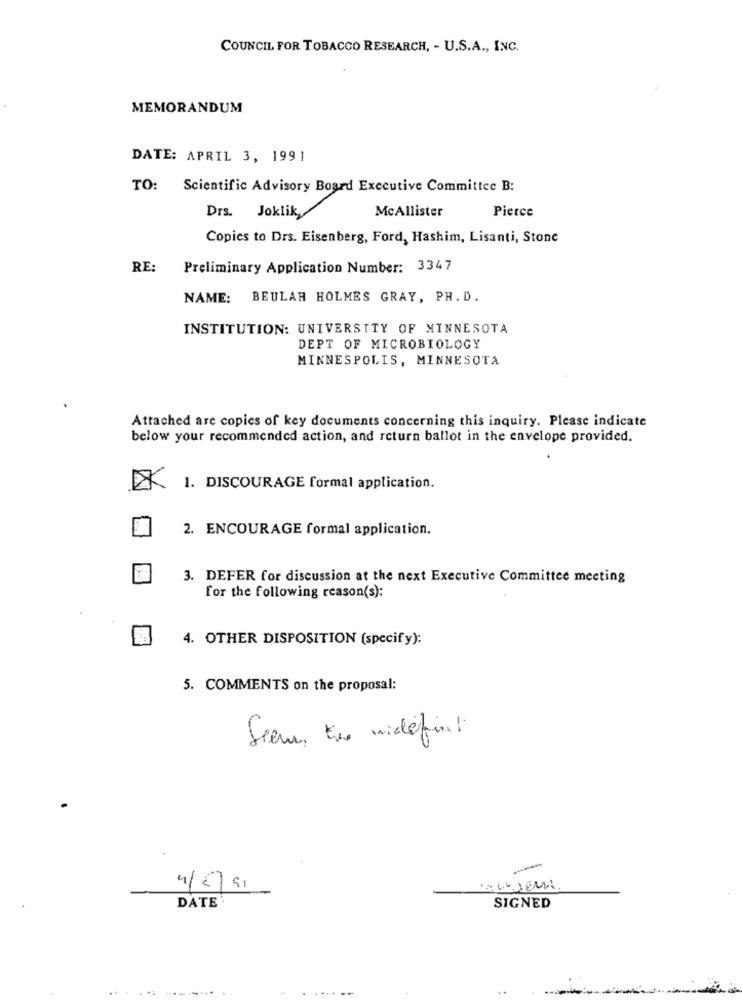
COUNCIL FOR TOBACCO RESEARCH, - U.S.A ., INC.
MEMORANDUM
DATE: APRIL 3, 1991
TO: Scientific Advisory Board Executive Committee B:
Drs. Jokliky
McAllister
Pierce
Copies to Drs. Eisenberg, Ford, Hashim, Lisanti, Stone
RE:
Preliminary Application Number: 3347
NAME: BEULAH HOLMES GRAY, PH. D.
INSTITUTION: UNIVERSITY OF MINNESOTA
DEPT OF MICROBIOLOGY
MINNESPOLIS, MINNESOTA
Attached are copies of key documents concerning this inquiry. Please indicate
below your recommended action, and return ballot in the envelope provided.
1. DISCOURAGE formal application.
2. ENCOURAGE formal application.
3. DEFER for discussion at the next Executive Committee meeting
for the following reason(s):
4. OTHER DISPOSITION (specify):
5. COMMENTS on the proposal:
Seen, tu midefini !
4/2/ 91
DATE
SIGNED